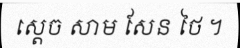
ស្តេច សាម សែន ថៃ ។